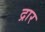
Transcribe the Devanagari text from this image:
द्रार